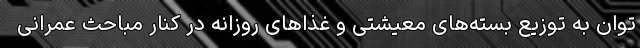
توان به توزیع بسته‌های معیشتی و غذاهای روزانه در کنار مباحث عمرانی